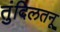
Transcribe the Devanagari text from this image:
तुंदिलतनू